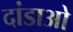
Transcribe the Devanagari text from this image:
दांडाओ